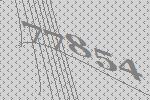
77854